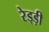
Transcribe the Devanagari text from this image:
रेड्ड़ी